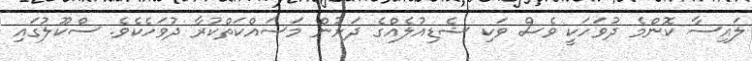
ލައިސާ ކޮންމެ ދުވަހަކީ ވެސް ވަކި ޝެޑިއުލެއްގެ ދަށުން މަސައްކަތްކުރާ ދުވަހެކެވެ. ސްކޫލުގައި